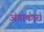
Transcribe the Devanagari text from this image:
अंडाकार।